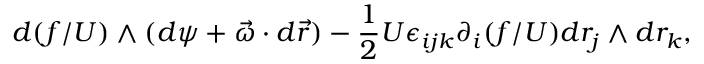
d ( f / U ) \wedge ( d \psi + \vec { \omega } \cdot d \vec { r } ) - \frac { 1 } { 2 } U \epsilon _ { i j k } \partial _ { i } ( f / U ) d r _ { j } \wedge d r _ { k } ,